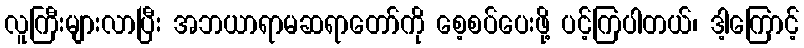
လူကြီးများလာပြီး အဘယာရာမဆရာတော်ကို စေ့စပ်ပေးဖို့ ပင့်ကြပါတယ်၊ ဒါ့ကြောင့်